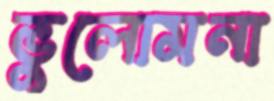
ভুলোমনা